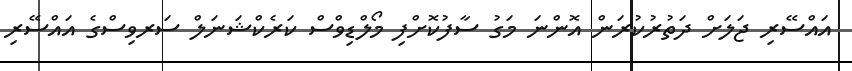
އައްސޭރި ޖަލަށް ދަތުރުކުރަން އޮންނަ މަގު ސާފުކޮށްފި މޯލްޑިވްސް ކަރެކްޝަނަލް ސަރވިސްގެ އައްސޭރި